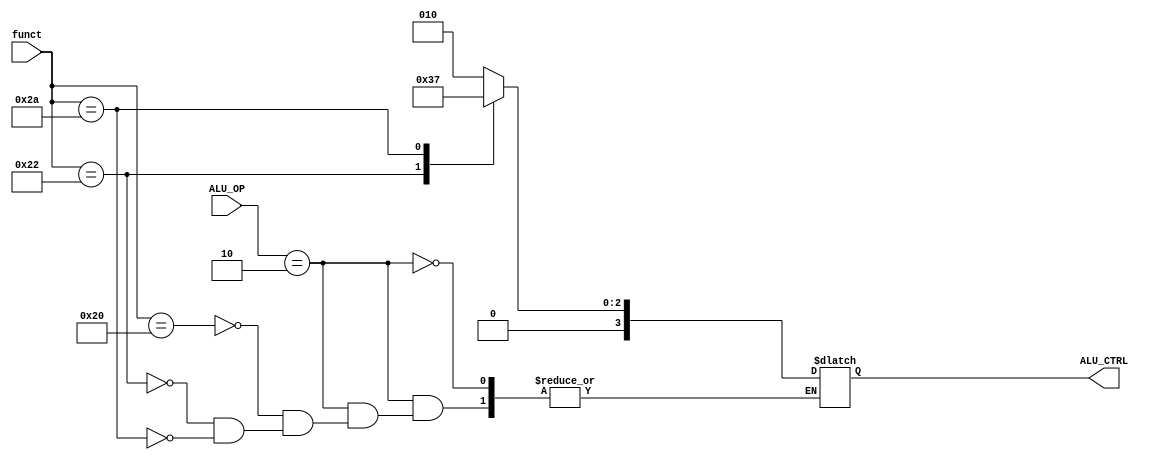
`timescale 1ns / 1ps

module ALU_ctrl( funct, ALU_OP,ALU_CTRL );

  input [5:0] funct;
  input [1:0] ALU_OP;
  output reg [3:0]ALU_CTRL;

  always @ ( * ) begin
    case (ALU_OP)
      2'b10: begin
        case (funct)
          6'b100000: ALU_CTRL = 4'b0010;
          6'b100010: ALU_CTRL = 4'b0110;
          6'b101010: ALU_CTRL = 4'b0111;
        endcase
      end

    endcase

  end
endmodule

// module test ();
//
//   reg [5:0] funct;
//   reg [1:0] ALU_OP;
//   wire[3:0]ALU_CTRL;
//
//   ALU_ctrl i_ALU_ctrl( funct, ALU_OP,ALU_CTRL );
//
//   initial begin
//     $monitor("funct = %b, ALU_OP = %b,ALU_CTRL = %b", funct, ALU_OP,ALU_CTRL);
//
//     ALU_OP = 2'b10;
//     #1 funct = 6'b100000;
//     #1 funct = 6'b101010;
//     #1 funct = 6'b100010;
//   end
// endmodule // test